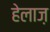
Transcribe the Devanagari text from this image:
हेलाज़